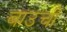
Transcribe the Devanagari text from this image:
बाउची